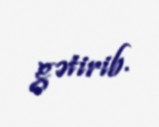
gətirib.